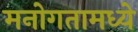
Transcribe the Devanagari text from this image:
मनोगतामध्ये